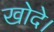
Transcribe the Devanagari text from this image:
खोदे।